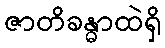
ဇာတိခန္ဓာထဲရှိ